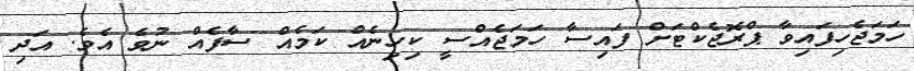
ހަމަޖެހިފައިވާ ޕްރޮޖެކްޓަށް ފައިސާ ހަމަޖެއްސީ ކިހިނެއް ކަމެއް ސާފެއް ނުވެ އެވެ. އަދި